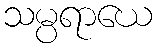
သမ္ပရာယေ